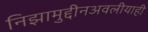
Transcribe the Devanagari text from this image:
निझामुद्दीनअवलीयाही